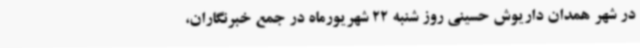
در شهر همدان داریوش حسینی روز شنبه 22 شهریورماه در جمع خبرنگاران،